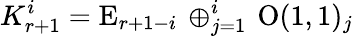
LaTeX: K_{r+1}^{i}=\mathrm{E}_{r+1-i}\, \oplus_{j=1}^{i}\, \mathrm{O}(1,1)_{j}